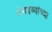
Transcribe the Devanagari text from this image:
रंगद्रव्यांच्या